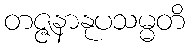
တဇ္ဇနာနုပသမ္မတိ